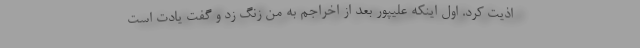
اذیت کرد. اول اینکه علیپور بعد از اخراجم به من زنگ زد و گفت یادت است